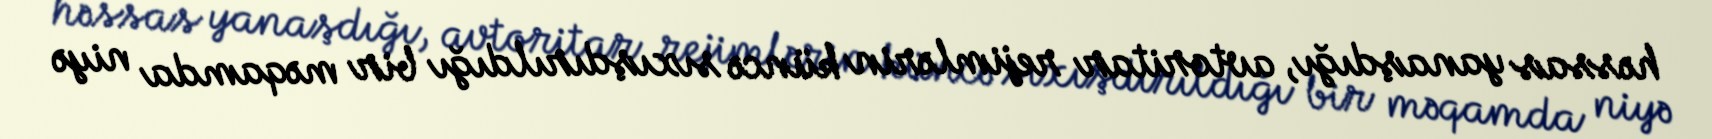
həssas yanaşdığı, avtoritar rejimlərin küncə sıxışdırıldığı bir məqamda niyə